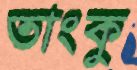
তাংকু